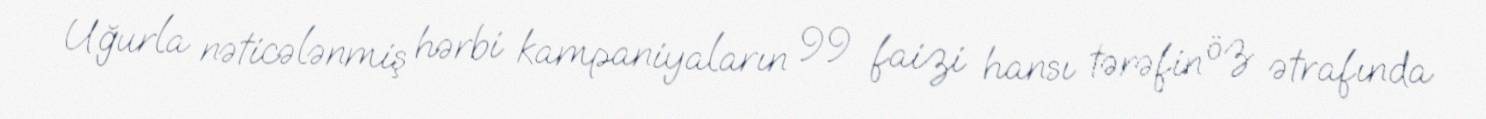
Uğurla nəticələnmiş hərbi kampaniyaların 99 faizi hansı tərəfin öz ətrafında